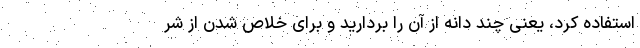
استفاده کرد، یعنی چند دانه از آن را بردارید و برای خلاص شدن از شر